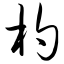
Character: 杓